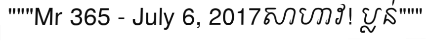
"""Mr 365 - July 6, 2017សាហាវ! ប្លន់"""